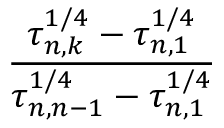
\frac { \tau _ { n , k } ^ { 1 / 4 } - \tau _ { n , 1 } ^ { 1 / 4 } } { \tau _ { n , n - 1 } ^ { 1 / 4 } - \tau _ { n , 1 } ^ { 1 / 4 } }